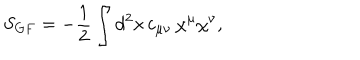
S _ { G F } = - { \frac { 1 } { 2 } } \int d ^ { 2 } x \, c _ { \mu \nu } \, \chi ^ { \mu } \chi ^ { \nu } ,